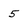
Character: 5